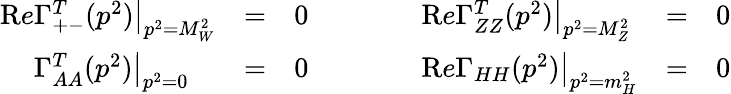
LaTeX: \begin{array}{lccclcc}{{{\mathrm Re}\Gamma_{+-}^{T}(p^{2})\big|_{p^{2}=M_{W}^{2}}}}&{{=}}&{{0}}&{{\qquad}}&{{{\mathrm Re}\Gamma_{ZZ}^{T}(p^{2})\big|_{p^{2}=M_{Z}^{2}}}}&{{=}}&{{0}}\\ {{\phantom{\mathrm Re}\Gamma_{AA}^{T}(p^{2})\big|_{p^{2}=0}}}&{{=}}&{{0}}&{{\qquad}}&{{{\mathrm Re}\Gamma_{HH}(p^{2})\big|_{p^{2}=m_{H}^{2}}}}&{{=}}&{{0}}\end{array}